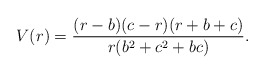
\begin{align*}V(r) = \frac{(r-b)(c-r)(r+b+c)}{r (b^2 + c^2 + bc)}.\end{align*}